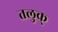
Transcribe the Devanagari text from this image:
तलुक्